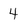
Character: 4